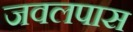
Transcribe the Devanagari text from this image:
जवलपास